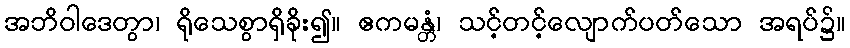
အဘိဝါဒေတွာ၊ ရိုသေစွာရှိခိုး၍။ ဧကမန္တံ၊ သင့်တင့်လျောက်ပတ်သော အရပ်၌။